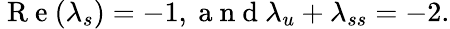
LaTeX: \mathrm{~R~e~}(\lambda_{s})=-1,\mathrm{~a~n~d~}\lambda_{u}+\lambda_{ss}=-2.